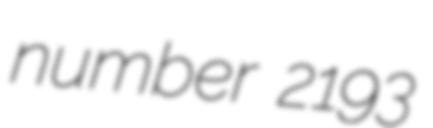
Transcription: number 2193